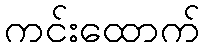
ကင်းထောက်